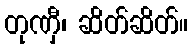
တုဏှီ၊ ဆိတ်ဆိတ်။